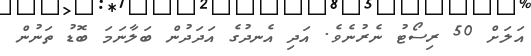
އަލަށް 50 ރިސޯޓު ނެރުނެވެ. އަދި އެނދުގެ އަދަދުން ބަލާނަމަ ބޮޑު ތަނުން